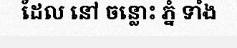
ដែល នៅ ចន្លោះ ភ្នំ ទាំង